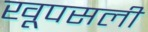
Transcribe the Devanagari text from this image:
खूपसली